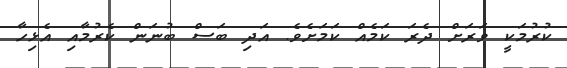
ކުރުމަކީ ވަރަށް ދެރަ ކަމެއް ކަމަށެވެ. އަދި ބަސް ބުނަން ކެރުމާއި އެޅިހާ